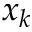
x _ { k }